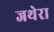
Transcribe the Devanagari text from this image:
जथेरा